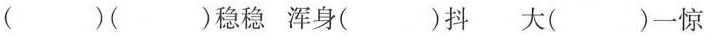
( )( )稳稳 浑身( )抖 大( )一惊